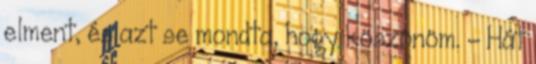
elment, és azt se mondta, hogy köszönöm. – Hát